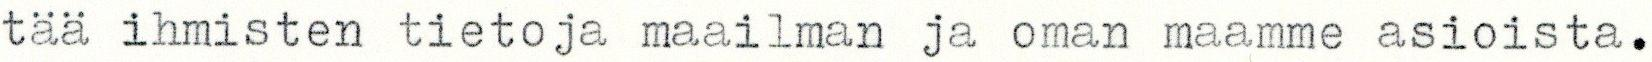
tää ihmisten tietoja maailman ja oman maamme asioista.